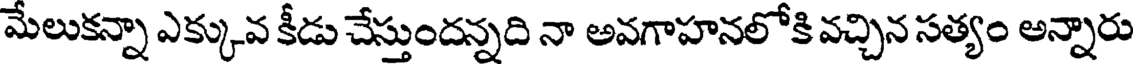
మేలుకన్నా ఎక్కువ కీడు చేస్తుందన్నది నా అవగాహనలోకి వచ్చిన సత్యం అన్నారు